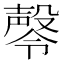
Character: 㲆